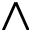
\wedge